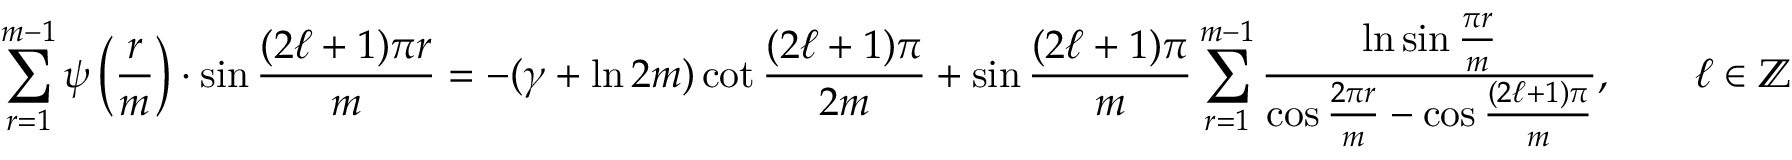
\sum _ { r = 1 } ^ { m - 1 } \psi \left( { \frac { r } { m } } \right) \cdot \sin { \frac { ( 2 \ell + 1 ) \pi r } { m } } = - ( \gamma + \ln 2 m ) \cot { \frac { ( 2 \ell + 1 ) \pi } { 2 m } } + \sin { \frac { ( 2 \ell + 1 ) \pi } { m } } \sum _ { r = 1 } ^ { m - 1 } { \frac { \ln \sin { \frac { \pi r } { m } } } { \cos { \frac { 2 \pi r } { m } } - \cos { \frac { ( 2 \ell + 1 ) \pi } { m } } } } , \qquad \ell \in \mathbb { Z }